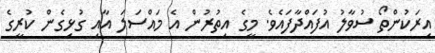
އިރަކުންތޯ ސުވާލު އުފައްދާފައެވެ. މީގެ އިތުރުން އެ މައްސަލަ އާއި ގުޅިގެން ކުރީގެ